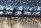
على